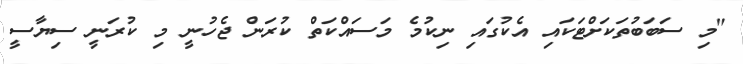
"މި ސަބަބުތަކަށްޓަކައި އެކުގައި ނިކުމެ މަސައްކަތް ކުރަން ޖެހުނީ މި ކުރަނީ ސިޔާސީ